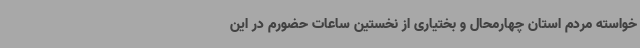
خواسته مردم استان چهارمحال و بختیاری از نخستین ساعات حضورم در این